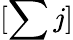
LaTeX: [\sum j]